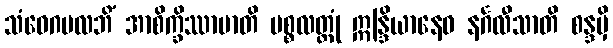
သံဝေဂမလဘိံ အာစိက္ခိဿာမာတိ ပစ္စလတ္ထုံ ဣန္ဒြိယာနေဝ နင်္ဂလီသာတိ စန္ဒမှိ